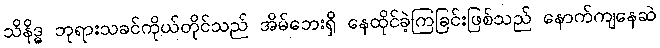
သိနိဒ္ဓ ဘုရားသခင်ကိုယ်တိုင်သည် အိမ်ဘေးရှိ နေထိုင်ခဲ့ကြခြင်းဖြစ်သည် နောက်ကျနေဆဲ